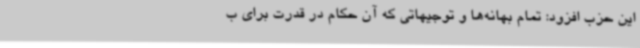
این حزب افزود: تمام بهانه‌ها و توجیهاتی که آن حکام در قدرت برای ب